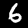
Digit: 6